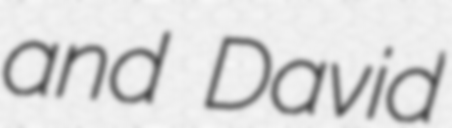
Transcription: and David